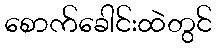
စောက်ခေါင်းထဲတွင်